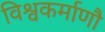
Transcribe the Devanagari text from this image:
विश्वकर्माणौ